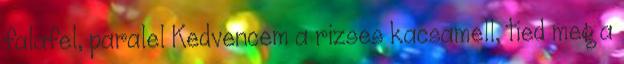
falafel, paralel Kedvencem a rizses kacsamell, tied meg a